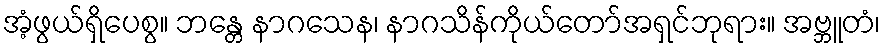
အံ့ဖွယ်ရှိပေစွ။ ဘန္တေ နာဂသေန၊ နာဂသိန်ကိုယ်တော်အရှင်ဘုရား။ အဗ္ဘူတံ၊